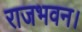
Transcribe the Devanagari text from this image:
राजभवन।